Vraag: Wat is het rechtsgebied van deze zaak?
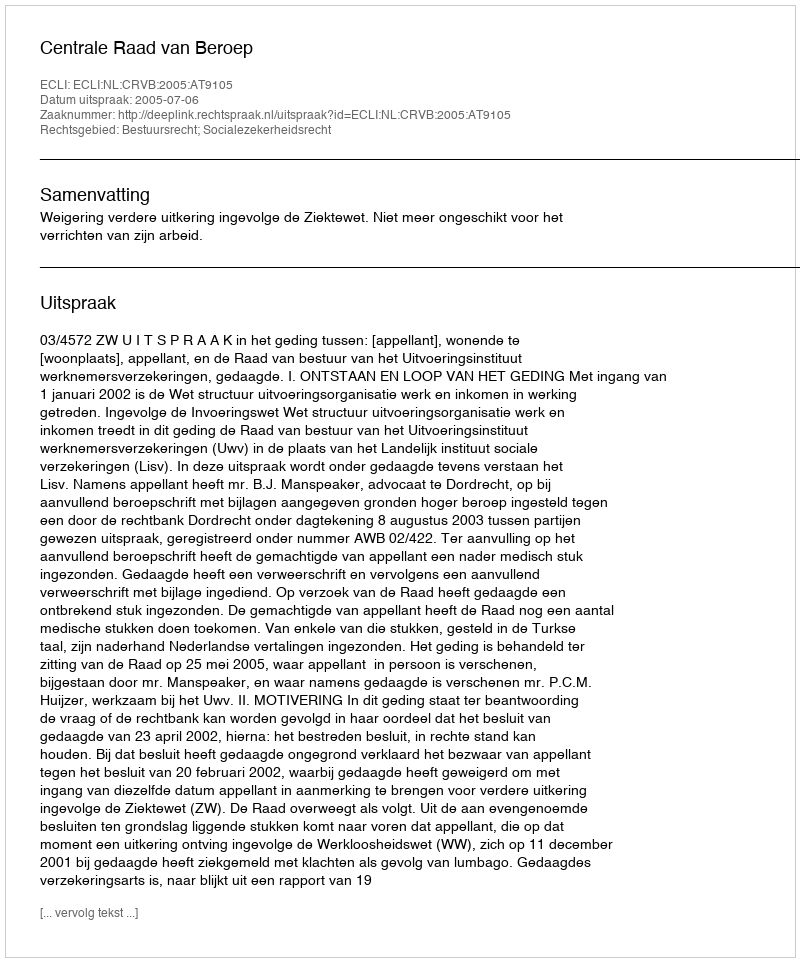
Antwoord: Bestuursrecht; Socialezekerheidsrecht